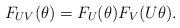
LaTeX: \begin{align*}F_{UV}(\theta)=F_U(\theta)F_V(U\theta).\end{align*}